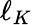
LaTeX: \ell_{K}